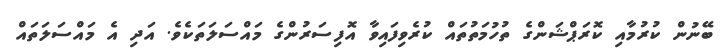
ބޭނުން ކުރުމާއި ކޮރަޕްޝަންގެ ތުހުމަތުތައް ކުރެވިފައިވާ އޮފިސަރުންގެ މައްސަލަތަކެވެ. އަދި އެ މައްސަލަތައް